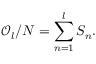
\mathcal { O } _ { l } / N = \sum _ { n = 1 } ^ { l } S _ { n } .